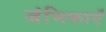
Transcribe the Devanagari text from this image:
जंभिकाएँ